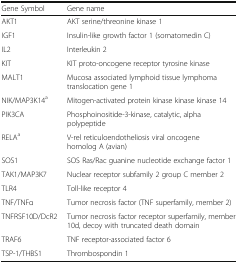
| Gene Symbol | Gene name |
 | --- | --- |
 | AKT1 | AKT serine/threonine kinase 1 |
 | IGF1 | Insulin-like growth factor 1 (somatomedin C) |
 | IL2 | Interleukin 2 |
 | KIT | KIT proto-oncogene receptor tyrosine kinase |
 | MALT1 | Mucosa associated lymphoid tissue lymphoma translocation gene 1 |
 | NIK/MAP3K14a | Mitogen-activated protein kinase kinase kinase 14 |
 | PIK3CA | Phosphoinositide-3-kinase, catalytic, alpha polypeptide |
 | RELAa | V-rel reticuloendotheliosis viral oncogene homolog A (avian) |
 | SOS1 | SOS Ras/Rac guanine nucleotide exchange factor 1 |
 | TAK1/MAP3K7 | Nuclear receptor subfamily 2 group C member 2 |
 | TLR4 | Toll-like receptor 4 |
 | TNF/TNFα | Tumor necrosis factor (TNF superfamily, member 2) |
 | TNFRSF10D/DcR2 | Tumor necrosis factor receptor superfamily, member 10d, decoy with truncated death domain |
 | TRAF6 | TNF receptor-associated factor 6 |
 | TSP-1/THBS1 | Thrombospondin 1 |